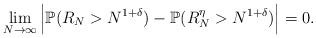
LaTeX: \begin{align*}\lim\limits_{N \rightarrow \infty} \Big|\mathbb{P}(R_{N} > N^{1 + \delta}) - \mathbb{P}(R_{N}^{\eta} > N^{1 + \delta})\Big| = 0.\end{align*}